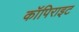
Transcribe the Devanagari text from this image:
कॉपिराइट